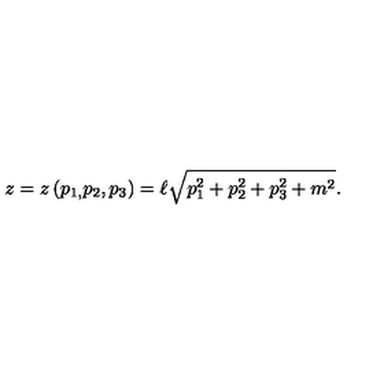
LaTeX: z = z \left( p _ { 1 , } p _ { 2 } , p _ { 3 } \right) = \ell \sqrt { p _ { 1 } ^ { 2 } + p _ { 2 } ^ { 2 } + p _ { 3 } ^ { 2 } + m ^ { 2 } } .